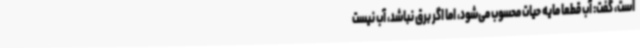
است، گفت: آب قطعا مایه حیات محسوب می‌شود، اما اگر برق نباشد، آب نیست